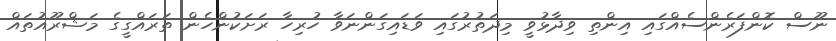
ނޫސް ކޮންފަރެންސެއްގައި އިންތި ވިދާޅުވީ މިދަތުރުގައި ވަޑައިގަންނަވާ ހުރިހާ ރަށަކުންހެން ތަރައްގީގެ މަޝްރޫއުތައް